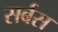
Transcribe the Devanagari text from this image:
सर्बस